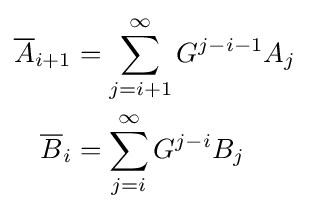
{\begin{aligned}{\overline {A}}_{i+1}&=\sum _{j=i+1}^{\infty }G^{j-i-1}A_{j}\\{\overline {B}}_{i}&=\sum _{j=i}^{\infty }G^{j-i}B_{j}\end{aligned}}